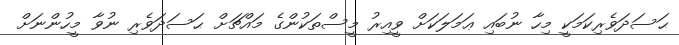
ޙަސަދަވެރިކަމަކީ މިހާ ނުބައި ޢަމަލަކަށް ވީއިރު މީސްތަކުންގެ މައްޗަށް ޙަސަދަވެރި ނުވާ މީހުންނަށް